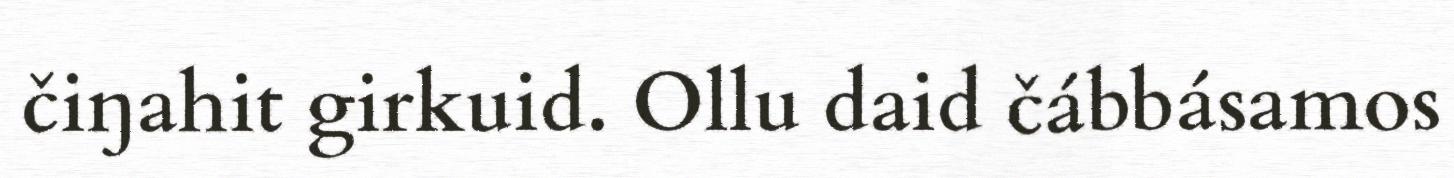
čiŋahit girkuid. Ollu daid čábbásamos